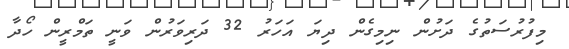
މިފުރުސަތުގެ ދަށުން ނިމިގެން ދިޔަ އަހަރު 32 ދަރިވަރުން ވަނީ ތަމްރީން ހޯދާ